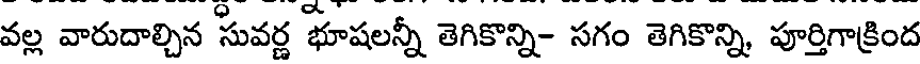
వల్ల వారుదాల్చిన సువర్ణ భూషలన్నీ తెగికొన్ని- సగం తెగికొన్ని, పూర్తిగాక్రింద